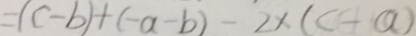
= ( c - b ) + ( - a - b ) - 2 \times ( c - a )